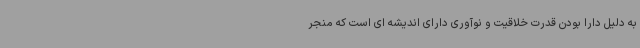
به دلیل دارا بودن قدرت خلاقیت و نوآوری دارای اندیشه ای است که منجر